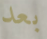
بعد